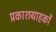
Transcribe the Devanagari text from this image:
प्रकाशग्राहकों